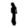
Digit: 1